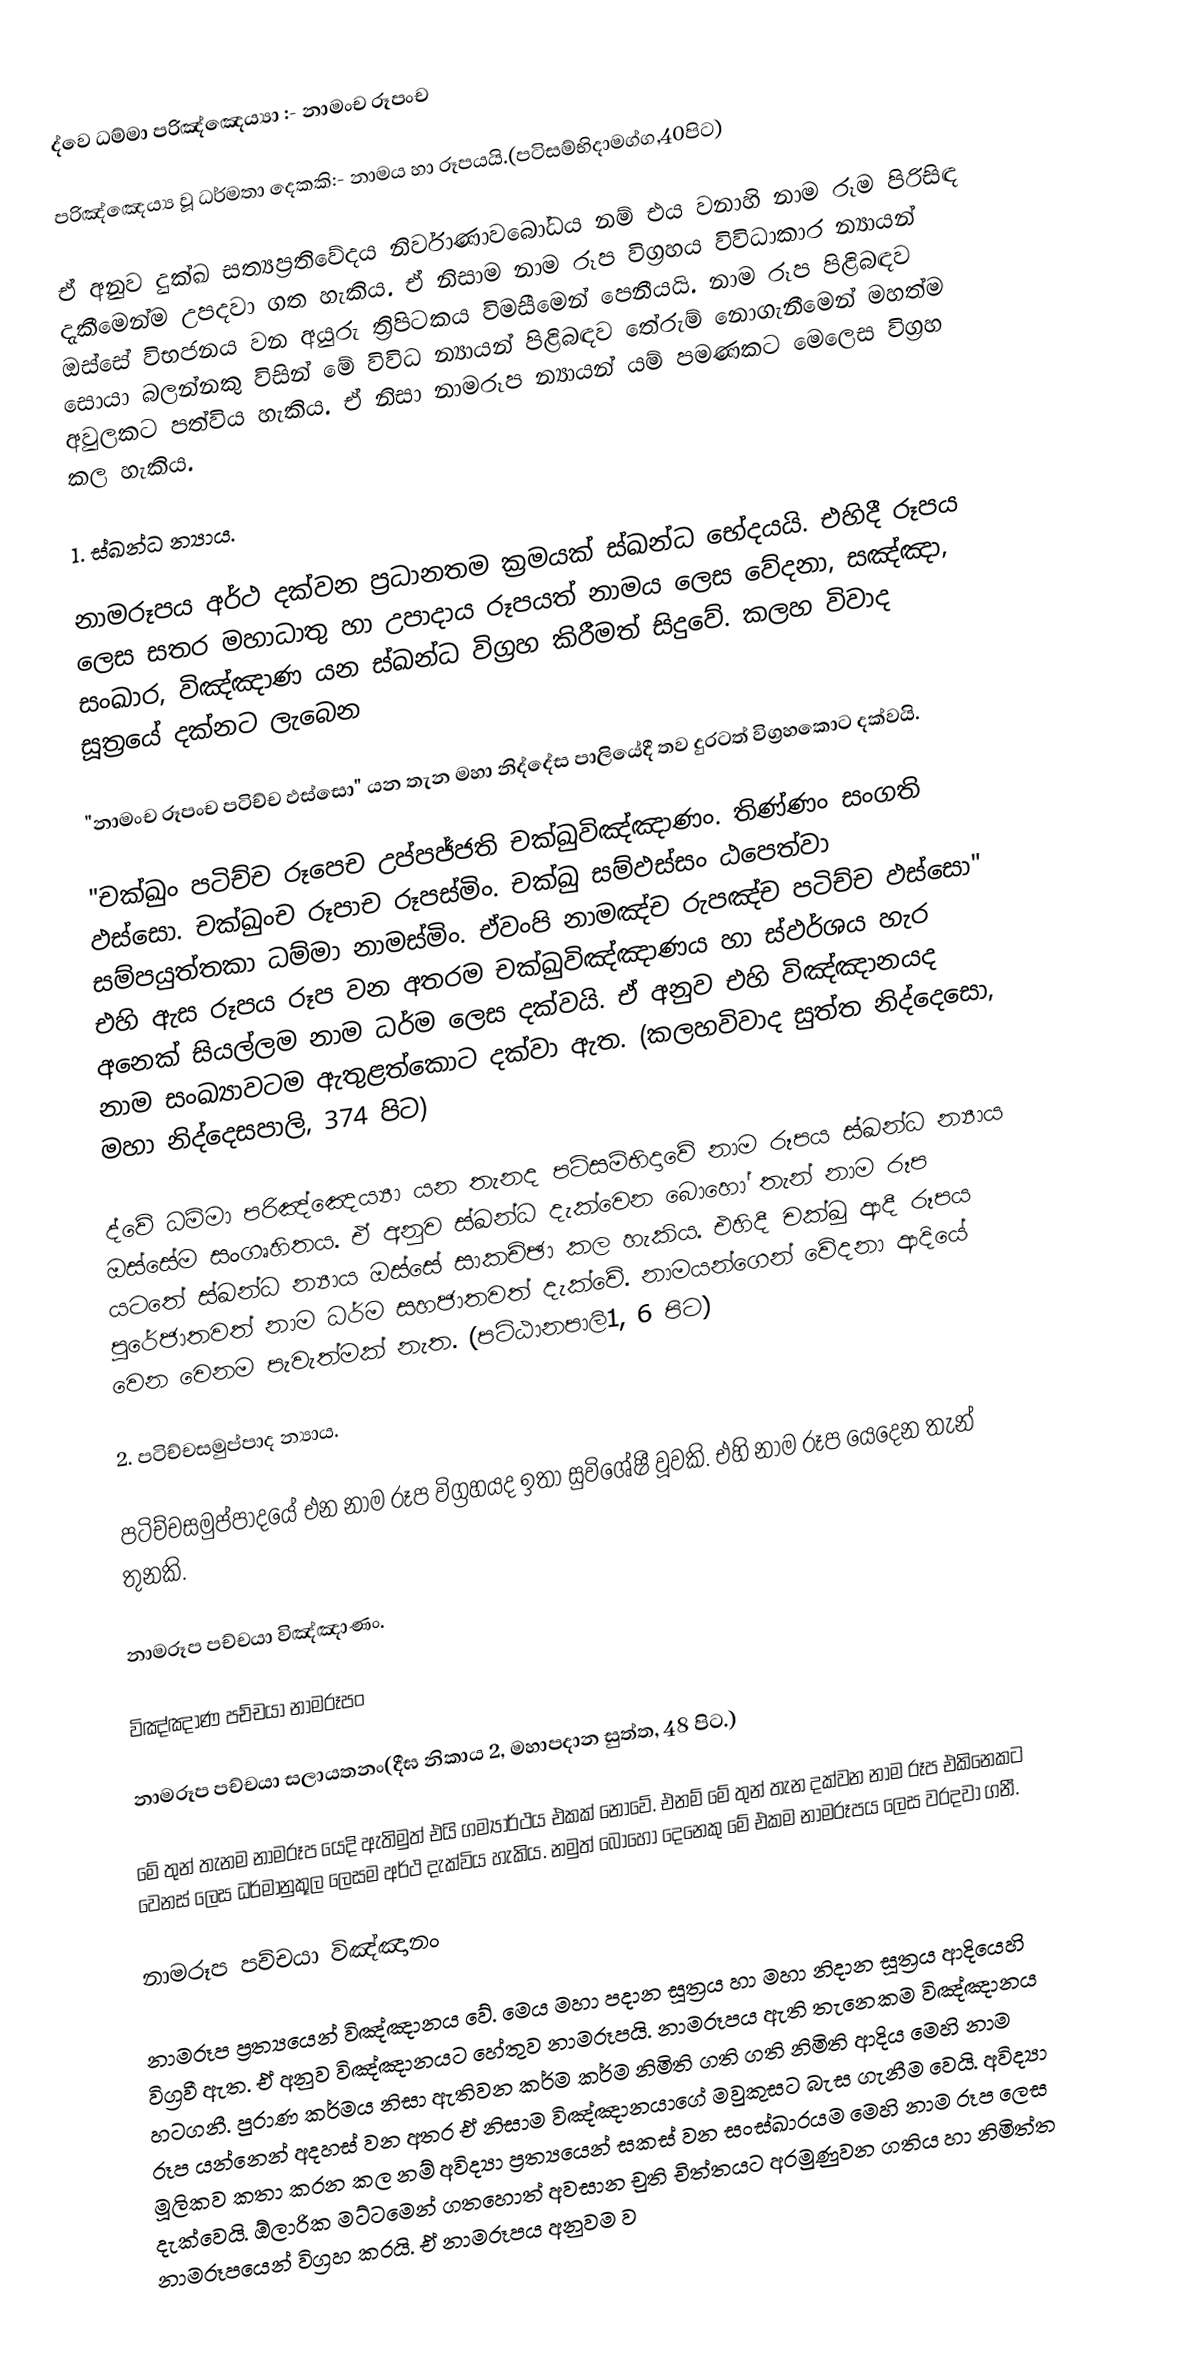
ද්වෙ ධම්මා පරිඤ්ඤෙය්‍යා :- නාමංච රූපංච

පරිඤ්ඤෙය්‍ය වූ ධර්මතා දෙකකි:- නාමය හා රූපයයි.(පටිසම්භිදාමග්ග,40පිට)

ඒ අනුව දුක්ඛ සත්‍යප්‍රතිවේදය නිර්වාණාවබෝධය නම් එය වනාහි නාම රූම පිරිසිඳ දැකීමෙන්ම උපදවා ගත හැකිය. ඒ නිසාම නාම රූප විග්‍රහය විවිධාකාර න්‍යායන් ඔස්සේ විභජනය වන අයුරු ත්‍රිපිටකය විමසීමෙන් පෙනීයයි. නාම රූප පිළිබඳව සොයා බලන්නකු විසින් මේ විවිධ න්‍යායන් පිළිබඳව තේරුම් නොගැනීමෙන් මහත්ම අවුලකට පත්විය හැකිය. ඒ නිසා නාමරූප න්‍යායන් යම් පමණකට මෙලෙස විග්‍රහ කල හැකිය.

1. ස්ඛන්ධ න්‍යාය.

නාමරූපය අර්ථ දක්වන ප්‍රධානතම ක්‍රමයක් ස්ඛන්ධ භේදයයි. එහිදී රූපය ලෙස සතර මහාධාතු හා උපාදාය රූපයත් නාමය ලෙස වේදනා, සඤ්ඤා, සංඛාර, විඤ්ඤාණ යන ස්ඛන්ධ විග්‍රහ කිරීමත් සිදුවේ.  කලහ විවාද සූත්‍රයේ දක්නට ලැබෙන

"නාමංච රූපංච පටිච්ච ඵස්සො" යන තැන මහා නිද්දේස පාලියේදී තව දුරටත් විග්‍රහකොට දක්වයි.

"චක්ඛුං පටිච්ච රූපෙච උප්පජ්ජති චක්ඛුවිඤ්ඤාණං. තිණ්ණං සංගති ඵස්සො. චක්ඛුංච රූපාච රූපස්මිං. චක්ඛු සම්ඵස්සං ඨපෙත්වා සම්පයුත්තකා ධම්මා නාමස්මිං. ඒවංපි නාමඤ්ච රුපඤ්ච පටිච්ච ඵස්සො" එහි ඇස රූපය රූප වන අතරම චක්ඛුවිඤ්ඤාණය හා ස්ඵර්ශය හැර අනෙක් සියල්ලම නාම ධර්ම ලෙස දක්වයි. ඒ අනුව එහි විඤ්ඤානයද නාම සංඛ්‍යාවටම ඇතුළත්කොට දක්වා ඇත. (කලහවිවාද සුත්ත නිද්දෙසො, මහා නිද්දෙසපාලි, 374 පිට)

ද්වේ ධම්මා පරිඤ්ඤෙය්‍යා ‍යන තැනද පටිසම්භිදාවේ නාම රූපය ස්ඛන්ධ න්‍යාය ඔස්සේම සංගෘහිතය. ඒ අනුව ස්ඛන්ධ දැක්වෙන බොහෝ තැන් නාම රූප යටතේ ස්ඛන්ධ න්‍යාය ඔස්සේ සාකච්ඡා කල හැකිය. එහිදී චක්ඛු ආදී රූපය පුරේජාතවත් නාම ධර්ම සහජාතවත් දැක්වේ. නාමයන්ගෙන් වේදනා ආදියේ වෙන වෙනම පැවැත්මක් නැත. (පට්ඨානපාලි1, 6 පිට)

2. පටිච්චසමුප්පාද න්‍යාය.

පටිච්චසමුප්පාදයේ එන නාම රූප විග්‍රහයද ඉතා සුවිශේෂී වූවකි. එහි නාම රූප යෙදෙන තැන් තුනකි.

නාමරූප පච්චයා විඤ්ඤාණං.

විඤ්ඤාණ පච්චයා නාමරූපං

නාමරූප පච්චයා සලායතනං(දීඝ නිකාය 2,  මහාපදාන සුත්ත, 48 පිට.)

මේ තුන් තැනම නාමරූප යෙදි ඇතිමුත් එයි ගම්‍යාර්ථය එකක් නොවේ. එනම් මේ තුන් තැන දක්වන නාම රූප එකිනෙකට වෙනස් ලෙස ධර්මානුකූල ලෙසම අර්ථ දැක්විය හැකිය. නමුත් බොහෝ දෙනෙකු මේ එකම නාමරූපය ලෙස වරදවා ගනී.

 නාමරූප පච්චයා විඤ්ඤානං

නාමරූප ප්‍රත්‍යයෙන් විඤ්ඤානය වේ. මෙය මහා පදාන සූත්‍රය හා මහා නිදාන සූත්‍රය ආදියෙහි විග්‍රවී ඇත. ඒ අනුව විඤ්ඤානයට හේතුව නාමරූපයි. නාමරූපය ඇති තැනෙකම විඤ්ඤානය හටගනී. පුරාණ කර්මය නිසා ඇතිවන කර්ම කර්ම නිමිති ගති ගති නිමිති ආදිය මෙහි නාම රූප යන්නෙන් අදහස් වන අතර ඒ නිසාම විඤ්ඤානයාගේ මවුකුසට බැස ගැනීම වෙයි. අවිද්‍යා මූලිකව කතා කරන කල නම් අවිද්‍යා ප්‍රත්‍යයෙන් සකස් වන සංස්ඛාරයම මෙහි නාම රූප ලෙස දැක්වෙයි. ඕලාරික මට්ටමෙන් ගතහොත් අවසාන චුති චිත්තයට අරමුණුවන ගතිය හා නිමිත්ත නාමරූපයෙන් විග්‍රහ කරයි. ඒ නාමරූපය අනුවම ව